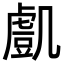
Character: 𧇔